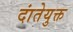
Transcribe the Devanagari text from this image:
दांतेयुक्त